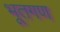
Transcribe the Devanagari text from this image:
भूतगण